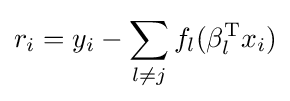
r_{i}=y_{i}-\sum _{l\neq j}f_{l}(\beta _{l}^{\mathrm {T} }x_{i})